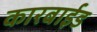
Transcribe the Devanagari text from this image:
कारबाईड